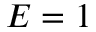
E = 1